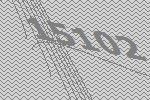
15102